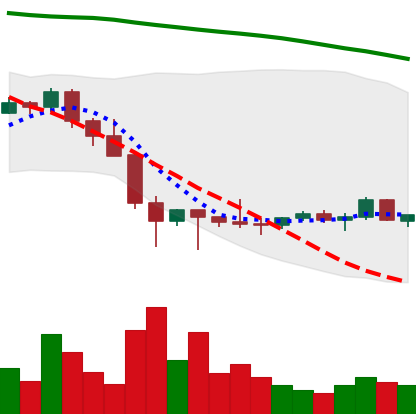
Ticker: LTC-USD
Chart end date: 2022-02-03
Forward return: 21.493%
Label: up_7plus